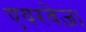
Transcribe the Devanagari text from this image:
एयरवेज़।